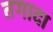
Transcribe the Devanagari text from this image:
तगादा